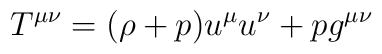
T^{\mu\nu} = (\rho +p) u^{\mu}u^{\nu} + p g^{\mu\nu}